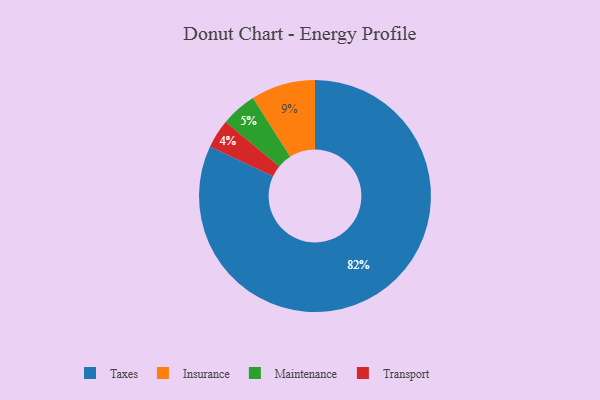
{"axis": {"x": "Category", "y": "Percentage"}, "legend": ["Insurance", "Maintenance", "Taxes", "Transport"], "data": [{"x": "Taxes", "y": 82, "type": "Taxes"}, {"x": "Maintenance", "y": 5, "type": "Maintenance"}, {"x": "Insurance", "y": 9, "type": "Insurance"}, {"x": "Transport", "y": 4, "type": "Transport"}]}